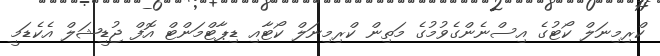
ކްރިމިނަލް ކޯޓުގެ އިސްނެންގެވުމުގެ މަތިން ކްރިމިނަލް ކޯޓާއި ޑިޕާޓްމަންޓް އޮފް ޖުޑީޝަލް އެކެޑަމީ